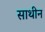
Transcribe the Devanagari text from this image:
साथीन